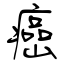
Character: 癌